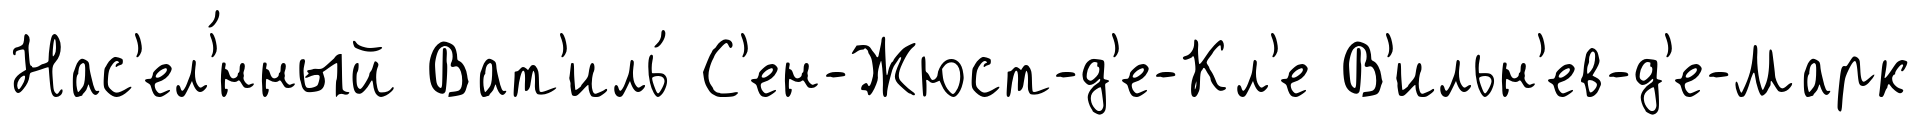
Нас'ел'́нный Ват'иль́ С'ен-Жюст-д'е-Кл'е В'ильн'ев-д'е-Марк